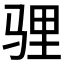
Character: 𩧹